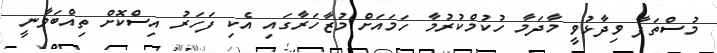
މުސްތަފާ ވިދާޅުވީ މާދަމާ ހުކުމްކުރުމާ ހަމައަށް މުޒާހަރާގައި އެކި ފަހަރު އިސްކޮށް ތިއްބަވާނީ